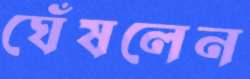
ঘেঁষলেন